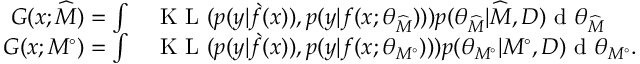
\begin{array} { r l } { G ( x ; \widehat { M } ) = \int } & { \textup { K L } ( p ( y | \grave { f } ( x ) ) , p ( y | f ( x ; \theta _ { \widehat { M } } ) ) ) p ( \theta _ { \widehat { M } } | \widehat { M } , D ) \textup { d } \theta _ { \widehat { M } } } \\ { G ( x ; M ^ { \circ } ) = \int } & { \textup { K L } ( p ( y | \grave { f } ( x ) ) , p ( y | f ( x ; \theta _ { M ^ { \circ } } ) ) ) p ( \theta _ { M ^ { \circ } } | M ^ { \circ } , D ) \textup { d } \theta _ { M ^ { \circ } } . } \end{array}